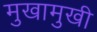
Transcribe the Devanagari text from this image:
मुखामुखी